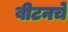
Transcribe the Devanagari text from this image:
बीटनचे